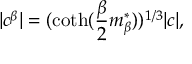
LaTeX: | c ^ { \beta } | = ( \coth ( \frac \beta 2 m _ { \beta } ^ { * } ) ) ^ { 1 / 3 } | c | ,